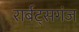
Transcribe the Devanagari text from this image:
रार्बट्सगंज